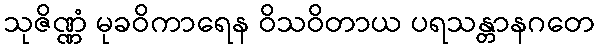
သုဇိဏ္ဏံ မုခဝိကာရေန ဝိသဝိတာယ ပရသန္တာနဂတေ